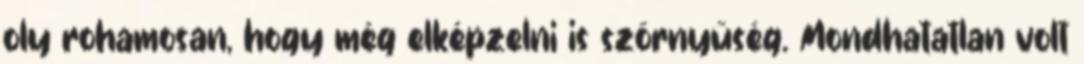
oly rohamosan, hogy még elképzelni is szörnyűség. Mondhatatlan volt